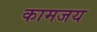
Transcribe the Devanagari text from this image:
कामजय